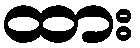
ထား